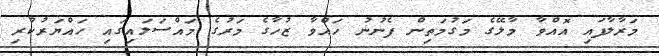
މަރާލާފައި އޮއްވާ މާލޭގެ މަގުމަތިން ފެނުނު ހައްވާ ޒުހާގެ މަރުގެ މައްސަލައިގައި ހައްޔަރުކުރި